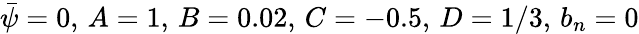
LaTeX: \bar{\psi}=0,\, A=1,\, B=0.02,\, C=-0.5,\, D=1/3,\, b_{n}=0